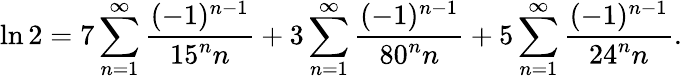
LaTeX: \ln 2=7\sum_{n=1}^{\infty}{\frac{(-1)^{n-1}}{15^{n}n}}+3\sum_{n=1}^{\infty}{\frac{(-1)^{n-1}}{80^{n}n}}+5\sum_{n=1}^{\infty}{\frac{(-1)^{n-1}}{24^{n}n}}.